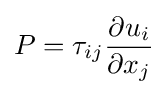
P=\tau _{ij}{\frac {\partial u_{i}}{\partial x_{j}}}